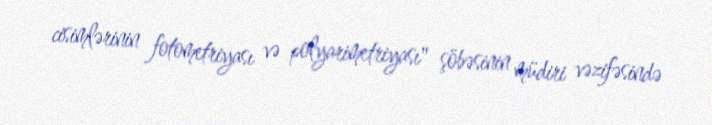
cisimlərinin fotometriyası və polyarimetriyası" şöbəsinin müdiri vəzifəsində